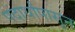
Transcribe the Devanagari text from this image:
पदार्थांपासून